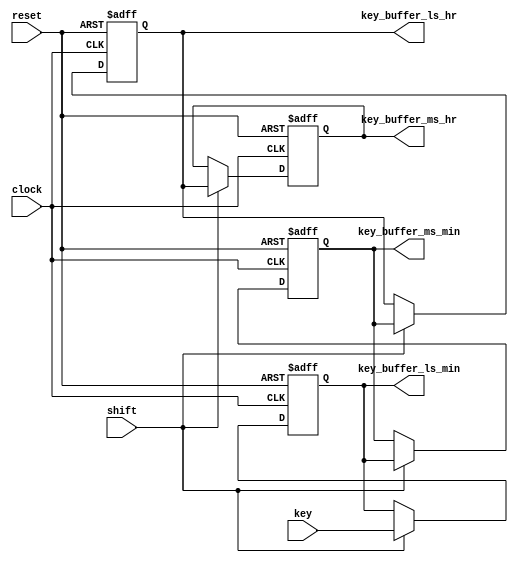
/********************************************************************************************

Copyright 2018-2019 - Maven Silicon Softech Pvt Ltd. All Rights Reserved.

This source code is an unpublished work belongs to Maven Silicon Softech Pvt Ltd.
It is considered a trade secret and is not to be divulged or used by parties who 
have not received written authorization from Maven Silicon Softech Pvt Ltd.

Maven Silicon Softech Pvt Ltd
Bangalore - 560076

Webpage: www.maven-silicon.com

Filename:	keyreg.v   

Description:	This is a functional description of Alarm clock
                Key register unit .It is a shift register which stores the key time .

Date:		01/05/2018

Author:		Maven Silicon

Email:		online@maven-silicon.com

Version:	1.0

*********************************************************************************************/

module keyreg(reset,
              clock,
              shift,
              key,
              key_buffer_ls_min,
              key_buffer_ms_min,
              key_buffer_ls_hr,
              key_buffer_ms_hr);
// Define input and output port direction
  input reset,
        clock,
        shift;
  input [3:0] key;
  output reg [3:0]  key_buffer_ls_min,
                    key_buffer_ms_min,
                    key_buffer_ls_hr,
                    key_buffer_ms_hr;



///////////////////////////////////////////////////////////////////
// This procedure stores the last 4 keys pressed. The FSM block
// detects the new key value and triggers the shift pulse to shift
// in the new key value.
///////////////////////////////////////////////////////////////////
always @(posedge clock or posedge reset)
begin
  // For asynchronous reset, reset the key_buffer output register to 1'b0
  if (reset)
  begin
    key_buffer_ls_min <= 0;
    key_buffer_ms_min <= 0;
    key_buffer_ls_hr <= 0;
    key_buffer_ms_hr <= 0;
  end
  // Else if there is a shift, perform left shift from LS_MIN to MS_HR
  else  if (shift == 1)
  begin
    key_buffer_ms_hr  <= key_buffer_ls_hr;
    key_buffer_ls_hr  <= key_buffer_ms_min;
    key_buffer_ms_min <= key_buffer_ls_min;
    key_buffer_ls_min <= key;
  end

end

endmodule